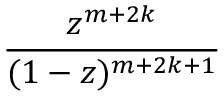
\frac { z ^ { m + 2 k } } { ( 1 - z ) ^ { m + 2 k + 1 } }